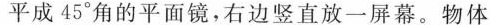
平成45°角的平面镜，右边竖直放一屏幕。物体